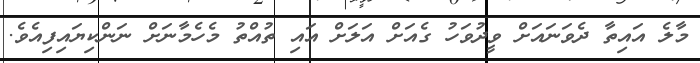
މާލެ އައިތާ ދެވަނައަށް ވީދުވަހު ގެއަށް އަލަށް އައި ތުއްތު މެހެމާނަށް ނަންކިޔައިފިއެވެ.